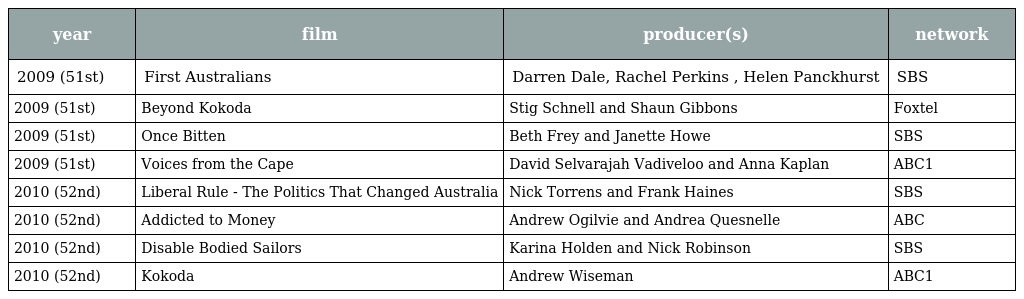
| year | film | producer(s) | network |
 | --- | --- | --- | --- |
 | 2009 (51st) | First  Australians | Darren  Dale,  Rachel  Perkins ,  Helen  Panckhurst | SBS |
 | 2009 (51st) | Beyond  Kokoda | Stig  Schnell and Shaun  Gibbons | Foxtel |
 | 2009 (51st) | Once Bitten | Beth  Frey and  Janette  Howe | SBS |
 | 2009 (51st) | Voices from the Cape | David Selvarajah Vadiveloo and Anna Kaplan | ABC1 |
 | 2010 (52nd) | Liberal Rule - The Politics That Changed Australia | Nick Torrens and Frank Haines | SBS |
 | 2010 (52nd) | Addicted to Money | Andrew Ogilvie and Andrea Quesnelle | ABC |
 | 2010 (52nd) | Disable Bodied Sailors | Karina Holden and Nick Robinson | SBS |
 | 2010 (52nd) | Kokoda | Andrew Wiseman | ABC1 |